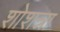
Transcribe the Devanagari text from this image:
शोशन्ना